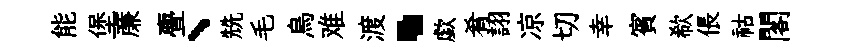
能堡亷亹、兟毛烏难渡·歔肴詡凉切幸賓欷倀祜閣